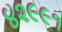
૪૨૯૯૧